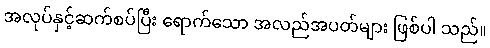
အလုပ်နှင့်ဆက်စပ်ပြီး ရောက်သော အလည်အပတ်များ ဖြစ်ပါ သည်။